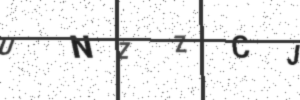
Text: UNZZCJ